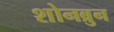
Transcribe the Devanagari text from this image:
शोनब्रुन